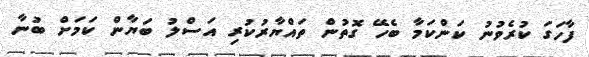
ފާހަގަ ކުރެވުނު ކަންކަމާ ބެހޭ ގޮތުން ތައްޔާރުކުރި އަސްލު ބަޔާން ކަމަށް ބުނާ